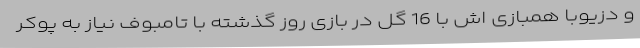
و دزیوبا همبازی اش با 16 گل در بازی روز گذشته با تامبوف نیاز به پوکر